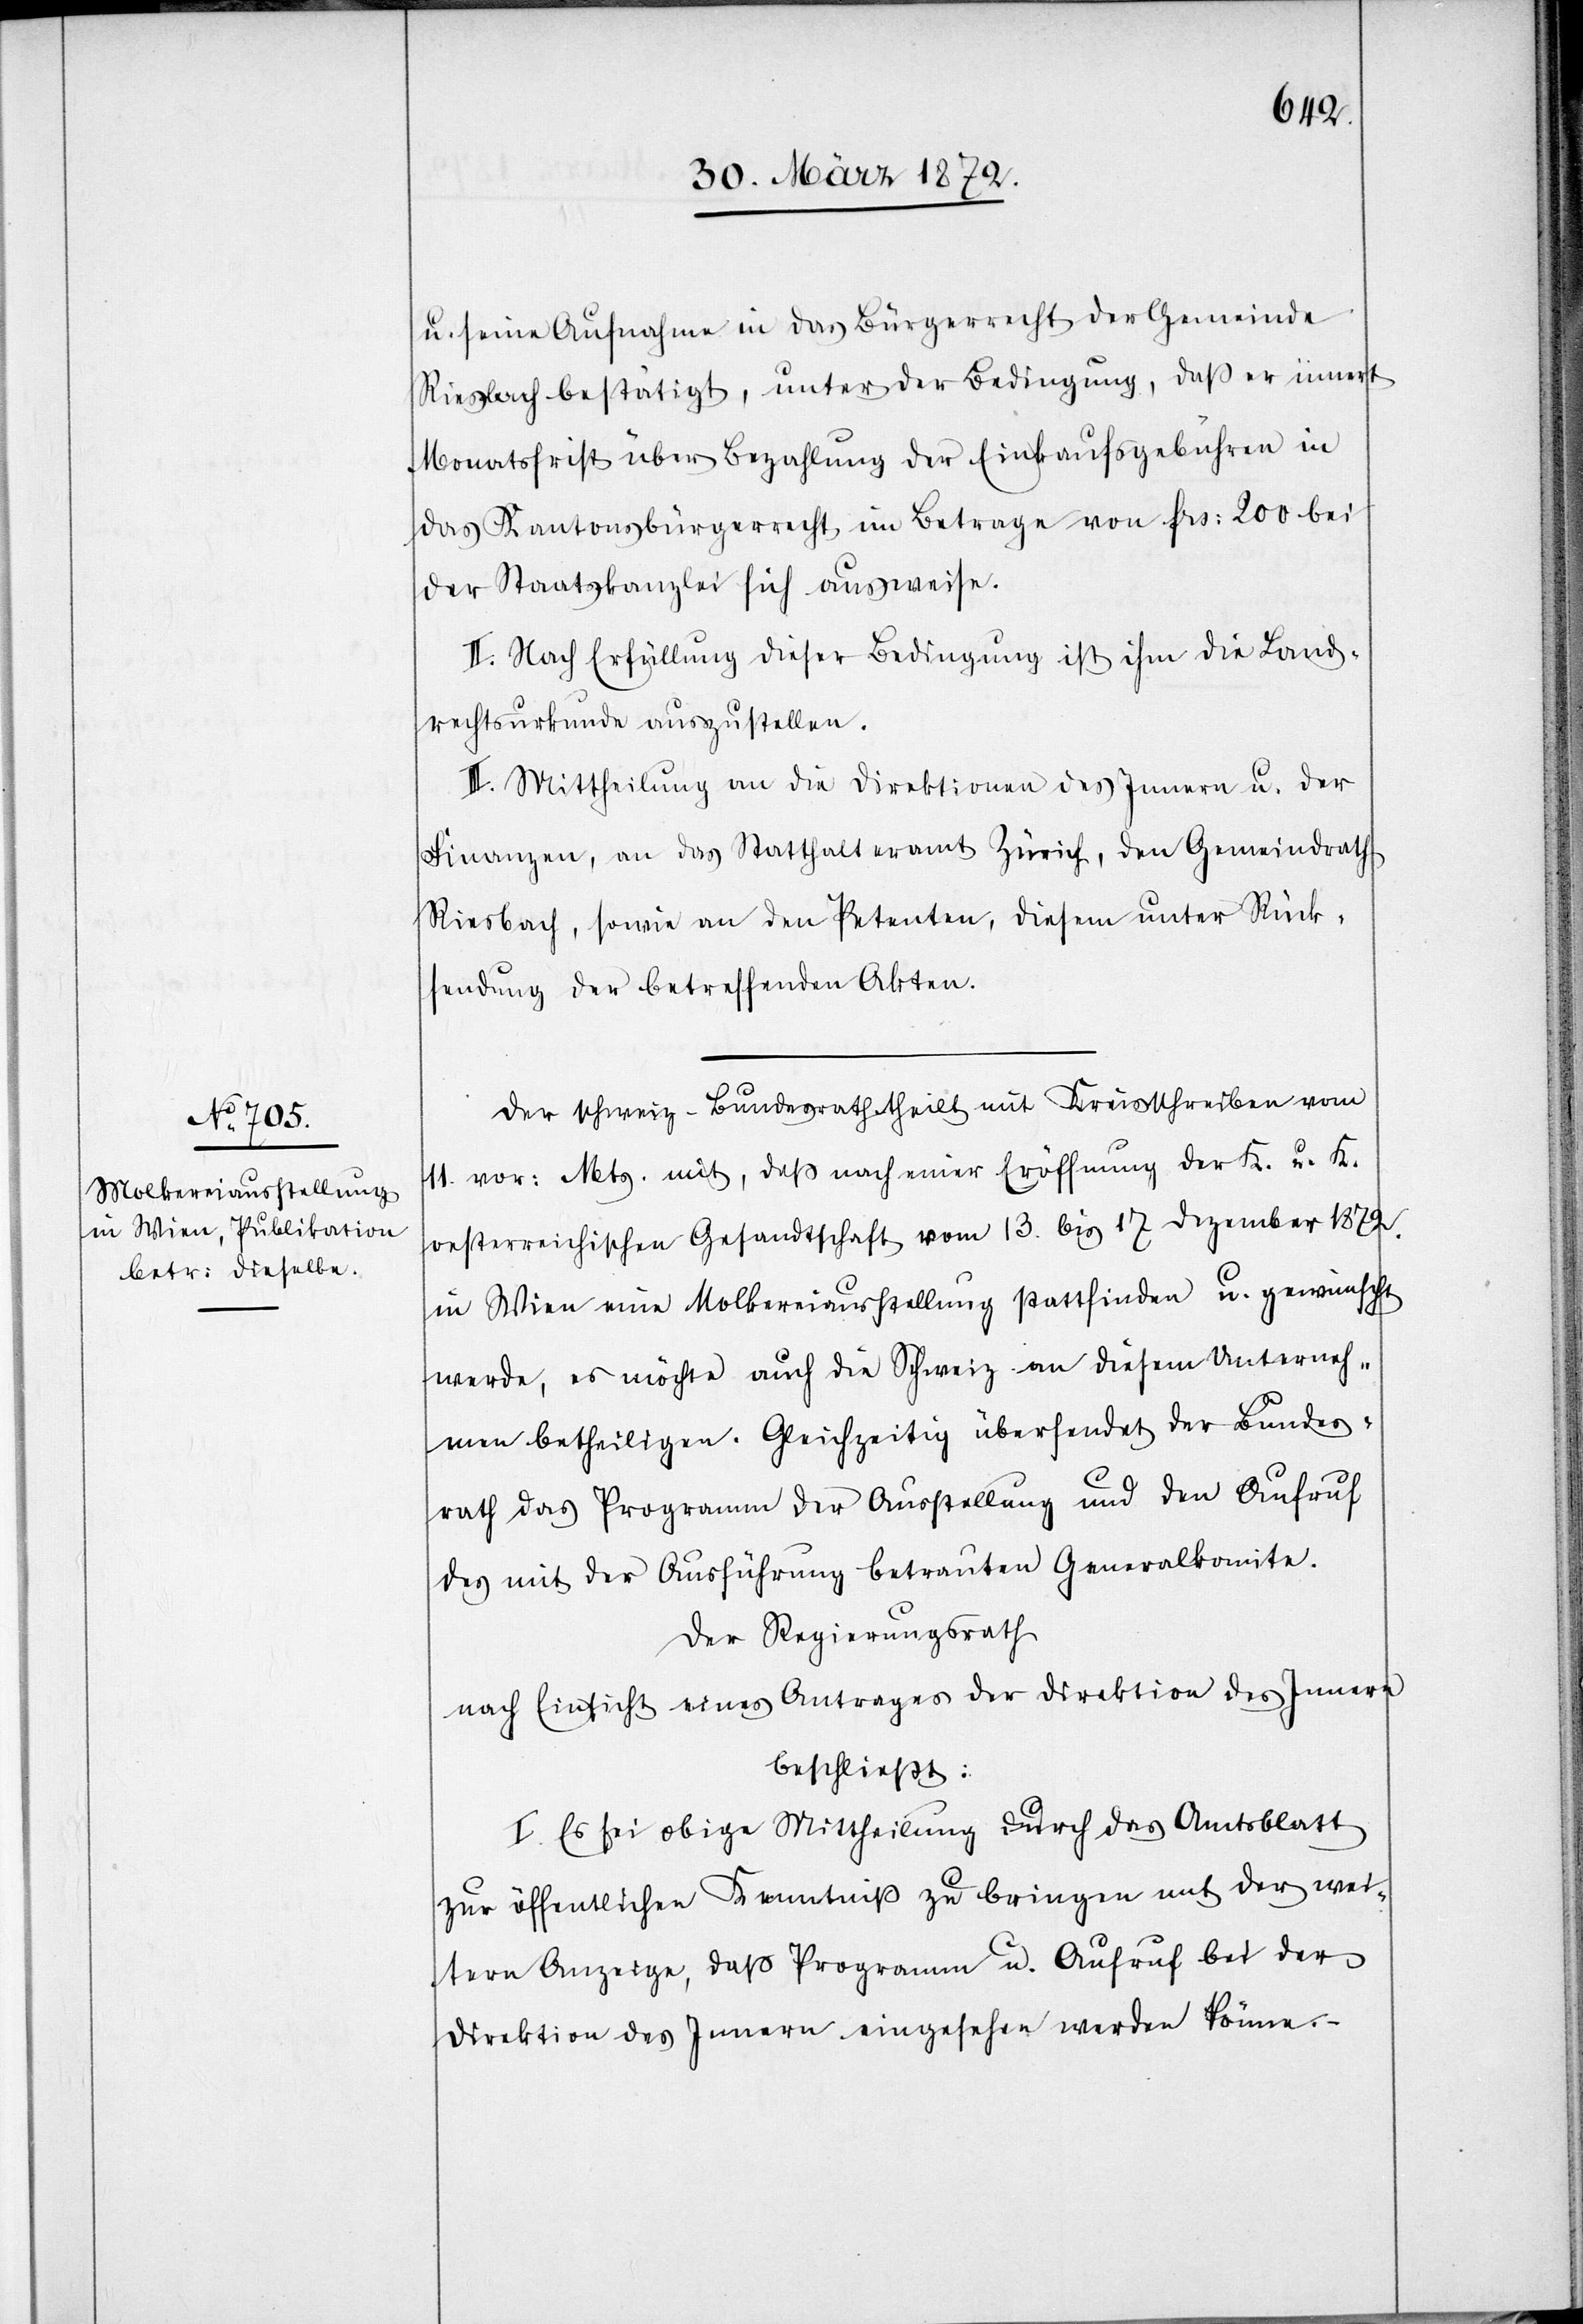
u. seine Aufnahme in das Bürgerrecht der Gemeinde
Riesbach bestätigt, unter der Bedingung, daß er innert
Monatsfrist über Bezahlung der Einkaufsgebühren in
das Kantonsbürgerrecht im Betrage von frs: 200 bei
der Staatskanzlei sich ausweise.
II. Nach Erfüllung dieser Bedingung ist ihm die Land¬
rechtsurkunde auszustellen.
III. Mittheilung an die Direktionen des Innern u. der
Finanzen, an das Statthalteramt Zürich, den Gemeindrath
Riesbach, sowie an den Petenten, diesem unter Rück¬
sendung der betreffenden Akten.
Der schweiz. Bundesrath theilt mit Kreisschreiben vom
11. vor: Mts. mit, daß nach einer Eröffnung der K. u. K.
oesterreichischen Gesandtschaft vom 13. bis 17 Dezember 1872.
in Wien eine Molkereiausstellung stattfinden u. gewünscht
werde, es möchte auch die Schweiz [sich] an diesem Unterneh¬
men betheiligen. Gleichzeitig übersendet der Bundes¬
rath das Programm der Ausstellung und den Aufruf
des mit der Ausführung betrauten Generalkomite.
Der Regierungsrath
nach Einsicht eines Antrages der Direktion des Innern
beschließt:
I. Es sei obige Mittheilung durch das Amtsblatt
zur öffentlichen Kenntniß zu bringen mit der wei¬
tern Anzeige, daß Programm u. Aufruf bei der
Direktion des Innern eingesehen werden könne.